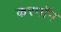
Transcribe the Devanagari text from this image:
करनॉग